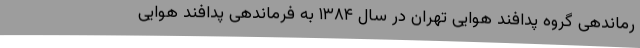
رماندهی گروه پدافند هوایی تهران در سال ۱۳۸۴ به فرماندهی پدافند هوایی